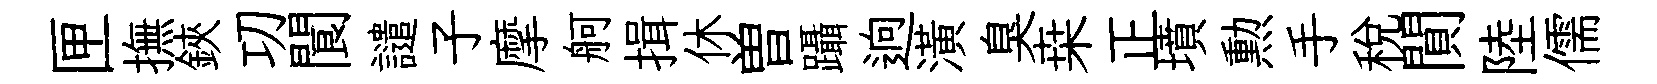
匣撫鋏㓛閬譴子摩舸揖休曽躡逈潢臭桒正墳勲手稅閴陸儒